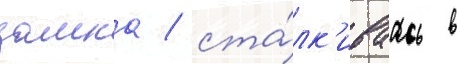
замка / ста́лк'иваась в